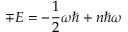
\mp E = - \frac { 1 } { 2 } \omega \hbar + n \hbar \omega